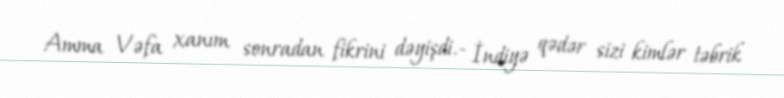
Amma Vəfa xanım sonradan fikrini dəyişdi.- İndiyə qədər sizi kimlər təbrik